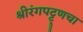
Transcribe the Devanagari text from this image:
श्रीरंगपट्ट्णचा